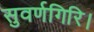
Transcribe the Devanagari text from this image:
सुवर्णगिरि।